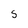
Character: s